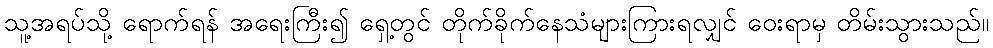
သူ့အရပ်သို့ ရောက်ရန် အရေးကြီး၍ ရှေ့တွင် တိုက်ခိုက်နေသံများကြားရလျှင် ဝေးရာမှ တိမ်းသွားသည်။